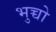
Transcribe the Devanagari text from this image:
भुच्चो